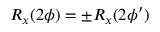
R _ { x } ( 2 \phi ) = \pm R _ { x } ( 2 \phi ^ { \prime } )